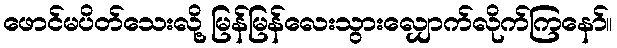
ဖောင်မပိတ်သေးလို့ မြန်မြန်လေးသွားလျှောက်လိုက်ကြနော်။